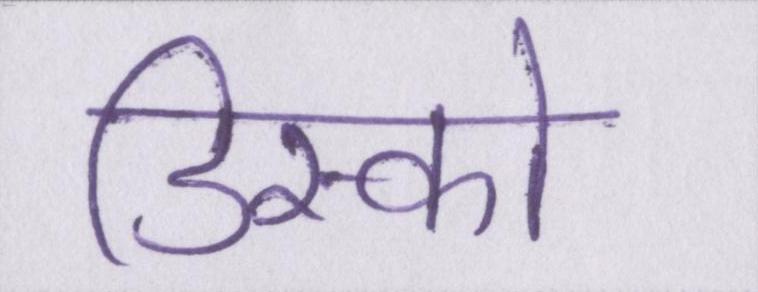
डिस्को